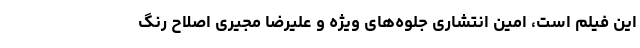
این فیلم است، امین انتشاری جلوه‌های ویژه و علیرضا مجیری اصلاح رنگ